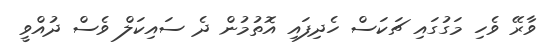
ވާރޭ ވެހި މަގުގައި ޗަކަސް ހެދިފައި އޮތުމުން ދެ ސައިކަލް ވެސް ދުއްވީ